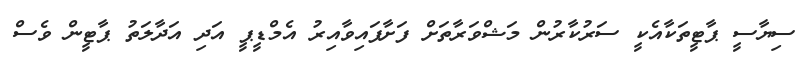
ސިޔާސީ ޕާޓީތަކާއެކީ ސަރުކާރުން މަޝްވަރާތަށް ފަށާފައިވާއިރު އެމްޑީޕީ އަދި އަދާލަތު ޕާޓީން ވެސް